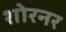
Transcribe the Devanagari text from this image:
शोरनर